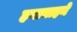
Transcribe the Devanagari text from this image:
हगानाहने